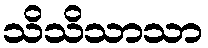
သိသိသာသာ